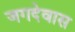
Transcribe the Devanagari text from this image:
जगदेवास